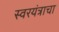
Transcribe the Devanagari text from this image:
स्वरयंत्राचा